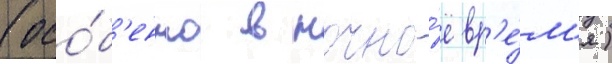
(осо́б'енно в ночно́е вр'е́м'я)